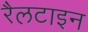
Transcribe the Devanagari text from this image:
रैलटाइन